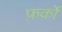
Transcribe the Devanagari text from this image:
फ़र्कों